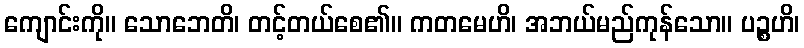
ကျောင်းကို။ သောဘေတိ၊ တင့်တယ်စေ၏။ ကတမေဟိ၊ အဘယ်မည်ကုန်သော။ ပဉ္စဟိ၊